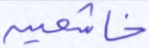
خاشعين